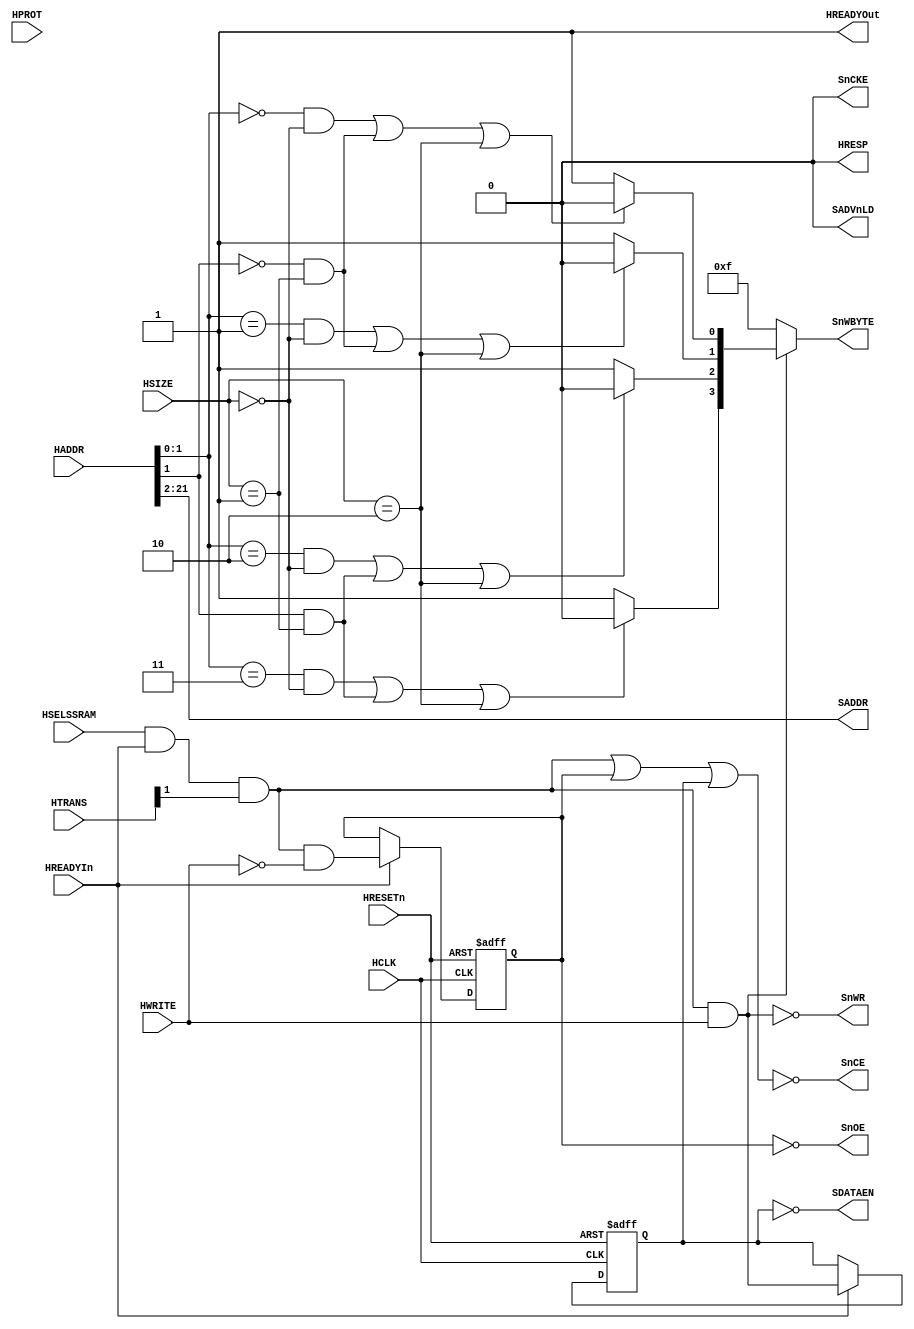
//-----------------------------------------------------------------------------
// The confidential and proprietary information contained in this file may
// only be used by a person authorised under and to the extent permitted
// by a subsisting licensing agreement from ARM Limited or its affiliates.
//
//        (C) COPYRIGHT 2013 ARM Limited or its affiliates.
//            ALL RIGHTS RESERVED
//
// This entire notice must be reproduced on all copies of this file
// and copies of this file may only be made by a person if such person is
// permitted to do so under the terms of a subsisting license agreement
// from ARM Limited or its affiliates.
//
// -----------------------------------------------------------------------------
//
//      SVN Information
//
//      Checked In          : $Date: 2013-04-05 11:54:17 +0100 (Fri, 05 Apr 2013) $
//
//      Revision            : $Revision: 242973 $
//
//      Release Information : CM3DesignStart-r0p0-01rel0
//
//-----------------------------------------------------------------------------
//-----------------------------------------------------------------------------
// Abstract : AHB ZBT SRAM controller
//-----------------------------------------------------------------------------

`timescale 1ns/1ps

// -----------------------------------------------------------------------------

module ahb_zbtram_32 (
  // Inputs
  HCLK, HRESETn, HSELSSRAM, HREADYIn, HTRANS, HPROT, HSIZE, HWRITE, HADDR,

  // Outputs
  HREADYOut, HRESP, SADDR, SDATAEN, SnWBYTE, SnOE, SnCE, SADVnLD, SnWR, SnCKE
);

parameter AW = 22; // 22 is 4MB

// Inputs
input         HCLK;      // system bus clock
input         HRESETn;   // reset input (active low)
input         HSELSSRAM; // AHB peripheral select
input         HREADYIn;  // AHB ready input
input   [1:0] HTRANS;    // AHB transfer type
input   [3:0] HPROT;     // AHB hprot
input   [1:0] HSIZE;     // AHB hsize
input         HWRITE;    // AHB hwrite
input  [31:0] HADDR;     // AHB address bus

// Outputs
output        HREADYOut; // AHB ready output to S->M mux
output        HRESP;     // AHB response

output [AW-3:0] SADDR;     // SSRAM Address
output        SDATAEN;   // SSRAM tristate enable
output  [3:0] SnWBYTE;   // SSRAM byte lane writes
output        SnOE;      // SSRAM output enable
output        SnCE;      // SSRAM chip enable
output        SADVnLD;   // SSRAM advance / load
output        SnWR;      // SSRAM write
output        SnCKE;     // SSRAM write Clock enable

// Outputs
wire          HREADYOut; // AHB ready output to S->M mux
wire          HRESP;     // AHB response

wire   [AW-3:0] SADDR;     // SSRAM Address
wire          SDATAEN;   // SSRAM tristate enable
wire    [3:0] SnWBYTE;   // SSRAM byte lane writes
wire          SnOE;      // SSRAM output enable
wire          SnCE;      // SSRAM chip enable
wire          SADVnLD;   // SSRAM advance / load
wire          SnWR;      // SSRAM write
wire          SnCKE;     // SSRAM write Clock enable

// -----------------------------------------------------------------------------
//
//                                  AHBZBTRAM
//                                  =========
//
// -----------------------------------------------------------------------------
//
// Overview
// ========
// AHB ZBT SRAM controller
//
// -----------------------------------------------------------------------------

// -----------------------------------------------------------------------------
// Constant declarations
// -----------------------------------------------------------------------------

// HRESP transfer response signal encoding
parameter RSP_OKAY   = 1'b0;
parameter RSP_ERROR  = 1'b1;

// -----------------------------------------------------------------------------
// Wire declarations
// -----------------------------------------------------------------------------

  wire          trans_valid;        // Module is selected with valid transfer
  wire   [3:0]  bytestrobe_c1;
  wire   [3:0]  bytestrobe_c2;

// -----------------------------------------------------------------------------
// Register declarations
// -----------------------------------------------------------------------------

  reg           reg_wr_dataphase;
  reg           reg_rd_dataphase;
// -----------------------------------------------------------------------------
// Function declarations
// -----------------------------------------------------------------------------

// -----------------------------------------------------------------------------
//
// Main body of code
// =================
//
// -----------------------------------------------------------------------------

// -----------------------------------------------------------------------------
// trans_valid transfer detection
// The slave must only respond to a valid transfer, so this must be detected.
// Valid AHB transfers only take place when a non-sequential or sequential
// transfer is shown on HTRANS - an idle or busy transfer should be ignored.
// -----------------------------------------------------------------------------
  assign trans_valid  = HSELSSRAM & HREADYIn & HTRANS[1];

  always @(posedge HCLK or negedge HRESETn)
  begin
  if (~HRESETn)
    reg_wr_dataphase <= 1'b0;
  else if (HREADYIn)
    reg_wr_dataphase <= trans_valid & HWRITE;
  end

  always @(posedge HCLK or negedge HRESETn)
  begin
  if (~HRESETn)
    reg_rd_dataphase <= 1'b0;
  else if (HREADYIn)
    reg_rd_dataphase <= trans_valid & ~HWRITE;
  end

// -----------------------------------------------------------------------------
// ZBT SRAM output drivers
// -----------------------------------------------------------------------------

  // Byte strobes are active low
  assign bytestrobe_c1[0] = ((HADDR[1:0] == 2'b00) && (HSIZE[1:0] == 2'b00) ||
                             (HADDR[1]   == 1'b0 ) && (HSIZE[1:0] == 2'b01) ||
                             (HSIZE[1:0] == 2'b10)) ? 1'b0 : 1'b1;
  assign bytestrobe_c1[1] = ((HADDR[1:0] == 2'b01) && (HSIZE[1:0] == 2'b00) ||
                             (HADDR[1]   == 1'b0 ) && (HSIZE[1:0] == 2'b01) ||
                             (HSIZE[1:0] == 2'b10)) ? 1'b0 : 1'b1;
  assign bytestrobe_c1[2] = ((HADDR[1:0] == 2'b10) && (HSIZE[1:0] == 2'b00) ||
                             (HADDR[1]   == 1'b1 ) && (HSIZE[1:0] == 2'b01) ||
                             (HSIZE[1:0] == 2'b10)) ? 1'b0 : 1'b1;
  assign bytestrobe_c1[3] = ((HADDR[1:0] == 2'b11) && (HSIZE[1:0] == 2'b00) ||
                             (HADDR[1]   == 1'b1 ) && (HSIZE[1:0] == 2'b01) ||
                             (HSIZE[1:0] == 2'b10)) ? 1'b0 : 1'b1;

  assign bytestrobe_c2 = (trans_valid & HWRITE) ? bytestrobe_c1 : 4'b1111;


  // SRAM DATA tristate control passed to top top level (active low)
  assign SDATAEN      = ~reg_wr_dataphase;

  assign SADDR        = HADDR[AW-1:2];

  assign SnWBYTE      = bytestrobe_c2;


  assign SnCE         = ~(trans_valid | reg_rd_dataphase | reg_wr_dataphase);

  assign SnWR         = ~(trans_valid & HWRITE);

  assign SADVnLD      = 1'b0;

  assign SnCKE        = 1'b0;

  assign SnOE         = ~reg_rd_dataphase;

// -----------------------------------------------------------------------------
// AHB output drivers
// -----------------------------------------------------------------------------
  assign HRESP        = RSP_OKAY;
  assign HREADYOut    = 1'b1;

endmodule

// --================================== End ==================================--